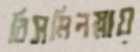
বিসমিলস্নায়